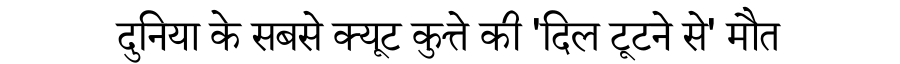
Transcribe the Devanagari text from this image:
दुनिया के सबसे क्यूट कुत्ते की 'दिल टूटने से' मौत